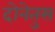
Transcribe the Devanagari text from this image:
दोनेतुस